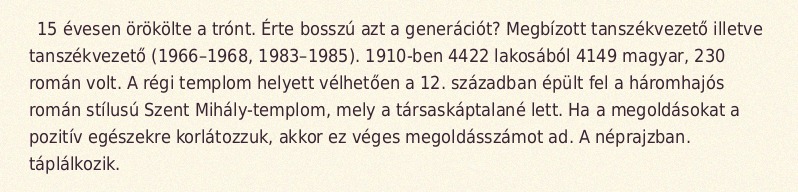
15 évesen örökölte a trónt. Érte bosszú azt a generációt? Megbízott tanszékvezető illetve tanszékvezető (1966–1968, 1983–1985). 1910-ben 4422 lakosából 4149 magyar, 230 román volt. A régi templom helyett vélhetően a 12. században épült fel a háromhajós román stílusú Szent Mihály-templom, mely a társaskáptalané lett. Ha a megoldásokat a pozitív egészekre korlátozzuk, akkor ez véges megoldásszámot ad. A néprajzban. táplálkozik.